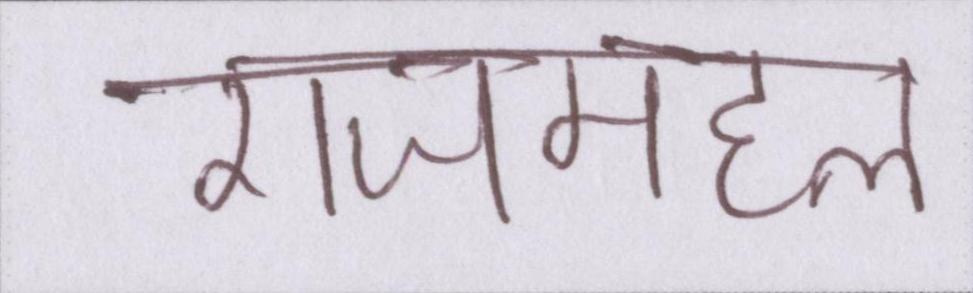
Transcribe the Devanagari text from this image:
राजमहल